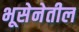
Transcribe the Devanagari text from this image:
भूसेनेतील